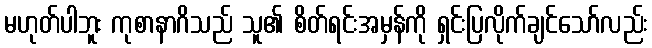
မဟုတ်ပါဘူး ကုစာနာဂိသည် သူ၏ စိတ်ရင်းအမှန်ကို ရှင်းပြလိုက်ချင်သော်လည်း